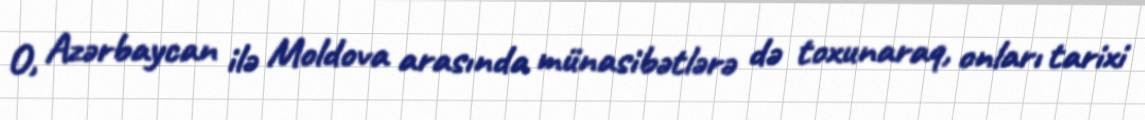
O, Azərbaycan ilə Moldova arasında münasibətlərə də toxunaraq, onları tarixi